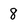
Character: 8